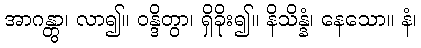
အာဂန္တွာ၊ လာ၍။ ဝန္ဒိတွာ၊ ရှိခိုး၍။ နိသိန္နံ၊ နေသော။ နံ၊